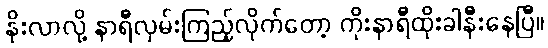
နိုးလာလို့ နာရီလှမ်းကြည့်လိုက်တော့ ကိုးနာရီထိုးခါနီးနေပြီ။